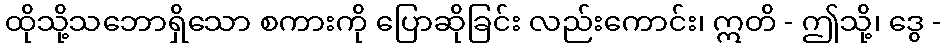
ထိုသို့သဘောရှိသော စကားကို ပြောဆိုခြင်း လည်းကောင်း၊ ဣတိ - ဤသို့၊ ဒွေ -